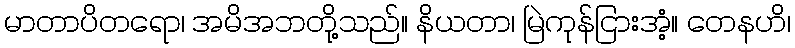
မာတာပိတရော၊ အမိအဘတို့သည်။ နိယတာ၊ မြဲကုန်ငြားအံ့။ တေနဟိ၊